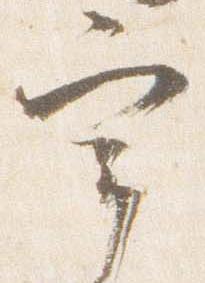
宰